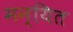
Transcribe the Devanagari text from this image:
मन्यित